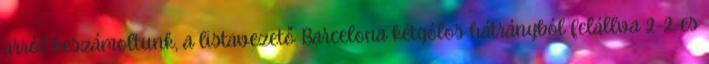
arról beszámoltunk, a listavezető Barcelona kétgólos hátrányból felállva 2–2-es